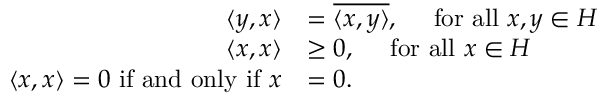
{ \begin{array} { r l } { \langle y , x \rangle } & { = { \overline { { \langle x , y \rangle } } } , \quad { \mathrm { ~ f o r ~ a l l ~ } } x , y \in H } \\ { \langle x , x \rangle } & { \geq 0 , \quad { \mathrm { ~ f o r ~ a l l ~ } } x \in H } \\ { \langle x , x \rangle = 0 { \mathrm { ~ i f ~ a n d ~ o n l y ~ i f ~ } } x } & { = 0 . } \end{array} }